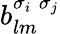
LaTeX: b_{lm}^{\sigma_{i}\; \sigma_{j}}